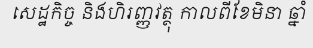
សេដ្ឋកិច្ច និងហិរញ្ញវត្ថុ កាលពីខែមិនា ឆ្នាំ